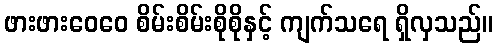
ဖားဖားဝေဝေ စိမ်းစိမ်းစိုစိုနှင့် ကျက်သရေ ရှိလှသည်။